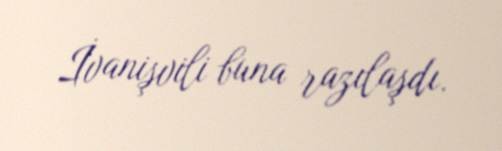
İvanişvili buna razılaşdı.